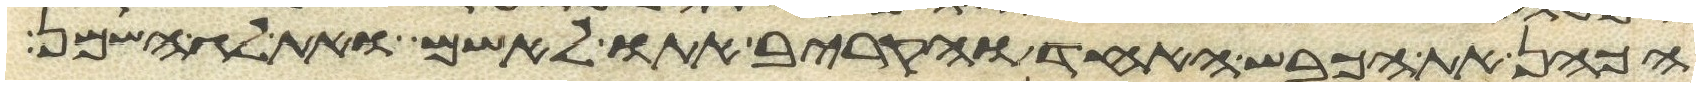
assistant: הכהן את הכבש האחד והקריב אתו לאשם ואת לג השמן